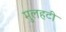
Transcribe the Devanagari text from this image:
मुलहटी